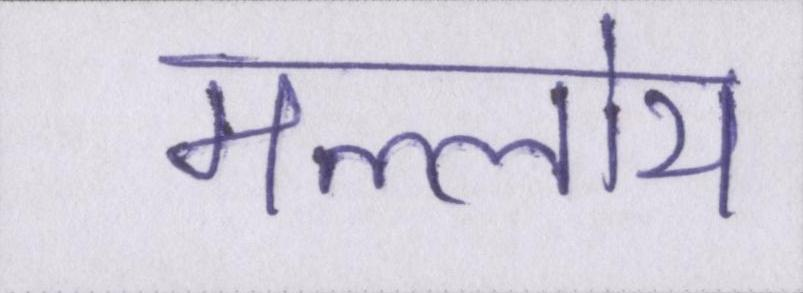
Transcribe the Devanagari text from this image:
मल्लोय